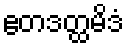
ဧတဒတ္ထမိဒံ